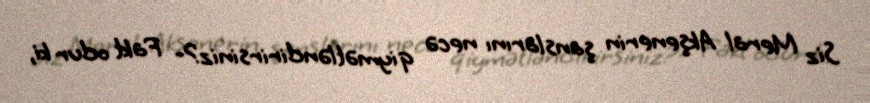
Siz Meral Akşenerin şanslarını necə qiymətləndirirsiniz?- Fakt odur ki,